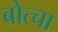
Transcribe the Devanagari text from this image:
बोत्चा